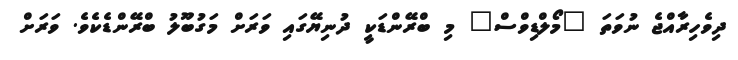
ދިވެހިރާއްޖެ ނުވަތަ "މޯލްޑިވްސް" މި ބްރޭންޑަކީ ދުނިޔޭގައި ވަރަށް މަގުބޫލު ބްރޭންޑެކެވެ. ވަރަށް